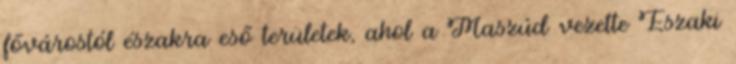
fővárostól északra eső területek, ahol a Maszúd vezette Északi